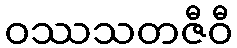
ဝဿသတဇီဝီ